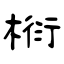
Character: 椼